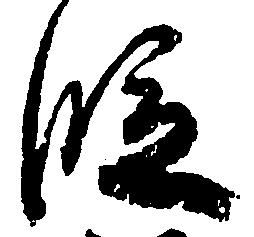
段